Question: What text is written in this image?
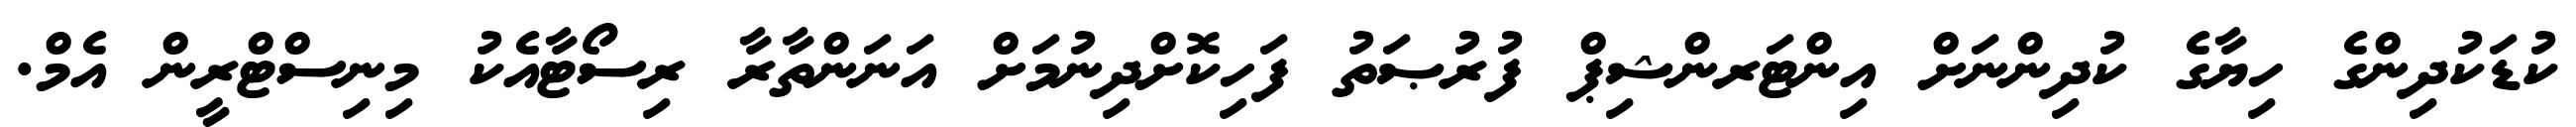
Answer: ކުޑަކުދިންގެ ހިޔާގެ ކުދިންނަށް އިންޓަރންޝިޕް ފުރުޞަތު ފަހިކޮށްދިނުމަށް އަނަންތާރާ ރިސޯޓާއެކު މިނިސްޓްރީން އެމް.